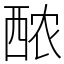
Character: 䙶